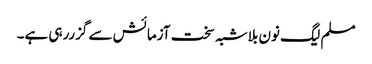
مسلم لیگ نون بلاشبہ سخت آزمائش سے گزررہی ہے۔